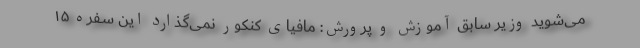
می‌شوید وزیر سابق آموزش و پرورش: مافیای کنکور نمی‌گذارد این سفره ۱۵